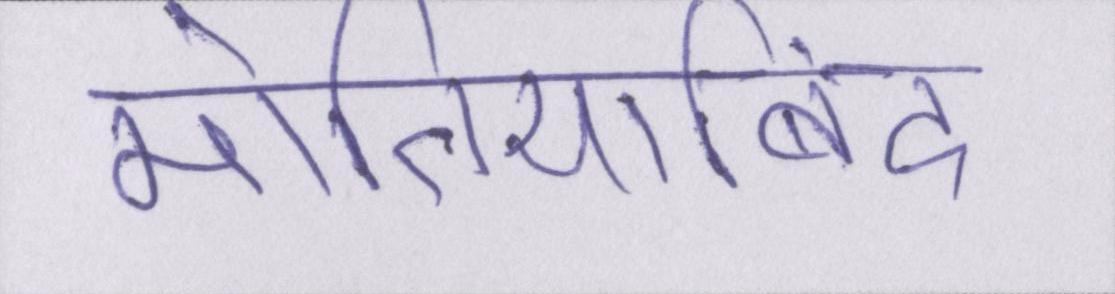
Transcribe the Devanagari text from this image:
मोतियाबिंद